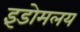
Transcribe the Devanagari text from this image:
इंडोमलय